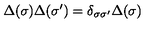
\Delta ( \sigma ) \Delta ( \sigma ^ { \prime } ) = \delta _ { \sigma \sigma ^ { \prime } } \Delta ( \sigma )